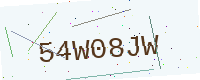
Text: 54W08JW